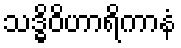
သဒ္ဓိဝိဟာရိကာနံ